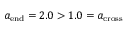
a _ { \mathrm { e n d } } = 2 . 0 > 1 . 0 = a _ { \mathrm { c r o s s } }